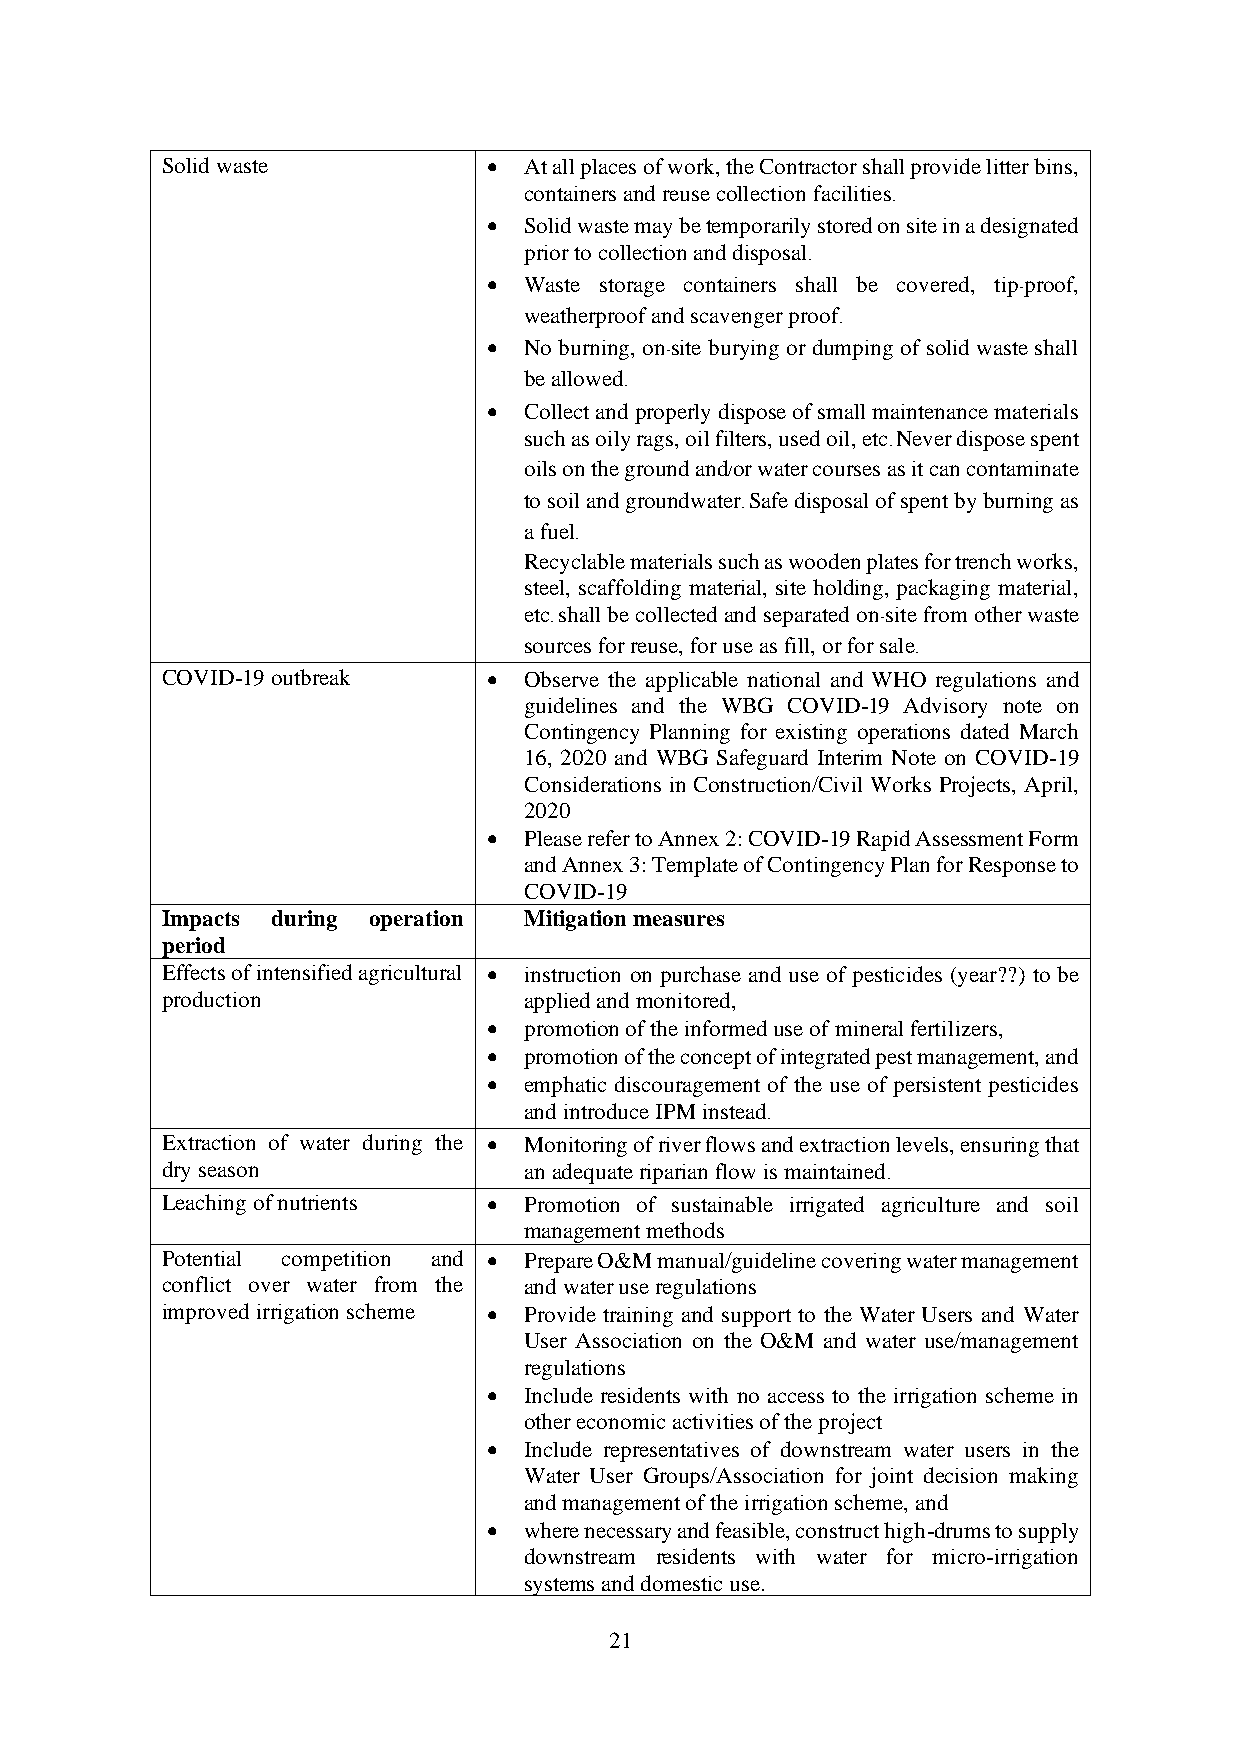
Solid waste          •  At all places of work, the Contractor shall provide litter bins,
 containers and reuse collection facilities.
 •  Solid waste may be temporarily stored on site in a designated
 prior to collection and disposal.
 •  Waste storage containers shall be covered, tip-proof,
 weatherproof and scavenger proof.
 •  No burning, on-site burying or dumping of solid waste shall
 be allowed.
 •  Collect and properly dispose of small maintenance materials
 such as oily rags, oil filters, used oil, etc. Never dispose spent
 oils on the ground and/or water courses as it can contaminate
 to soil and groundwater. Safe disposal of spent by burning as
 a fuel.
 Recyclable materials such as wooden plates for trench works,
 steel, scaffolding material, site holding, packaging material,
 etc. shall be collected and separated on-site from other waste
 sources for reuse, for use as fill, or for sale.
 COVID-19 outbreak    •  Observe the applicable national and WHO regulations and
 guidelines and the WBG COVID-19 Advisory note on
 Contingency Planning for existing operations dated March
 16, 2020 and WBG Safeguard Interim Note on COVID-19
 Considerations in Construction/Civil Works Projects, April,
 2020
 •  Please refer to Annex 2: COVID-19 Rapid Assessment Form
 and Annex 3: Template of Contingency Plan for Response to
 COVID-19
 Impacts during operation Mitigation measures
 period
 Effects of intensified agricultural • instruction on purchase and use of pesticides (year??) to be
 production              applied and monitored,
 •  promotion of the informed use of mineral fertilizers,
 •  promotion of the concept of integrated pest management, and
 •  emphatic discouragement of the use of persistent pesticides
 and introduce IPM instead.
 Extraction of water during the • Monitoring of river flows and extraction levels, ensuring that
 dry season              an adequate riparian flow is maintained.
 Leaching of nutrients • Promotion of sustainable irrigated agriculture and soil
 management methods
 Potential competition and • Prepare O&M manual/guideline covering water management
 conflict over water from the and water use regulations
 improved irrigation scheme • Provide training and support to the Water Users and Water
 User Association on the O&M and water use/management
 regulations
 •  Include residents with no access to the irrigation scheme in
 other economic activities of the project
 •  Include representatives of downstream water users in the
 Water User Groups/Association for joint decision making
 and management of the irrigation scheme, and
 •  where necessary and feasible, construct high-drums to supply
 downstream residents with water for micro-irrigation
 systems and domestic use.
 21